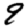
Digit: 9